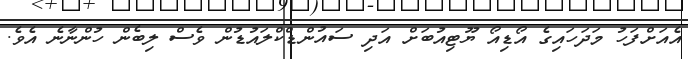
އެއަށްފަހު މަދަހައިގެ އޯޑިއޯ ޔޫޓިއުބަށް އަދި ސައުންޑްކްލައުޑުން ވެސް ލިބެން ހުންނާނެ އެވެ.